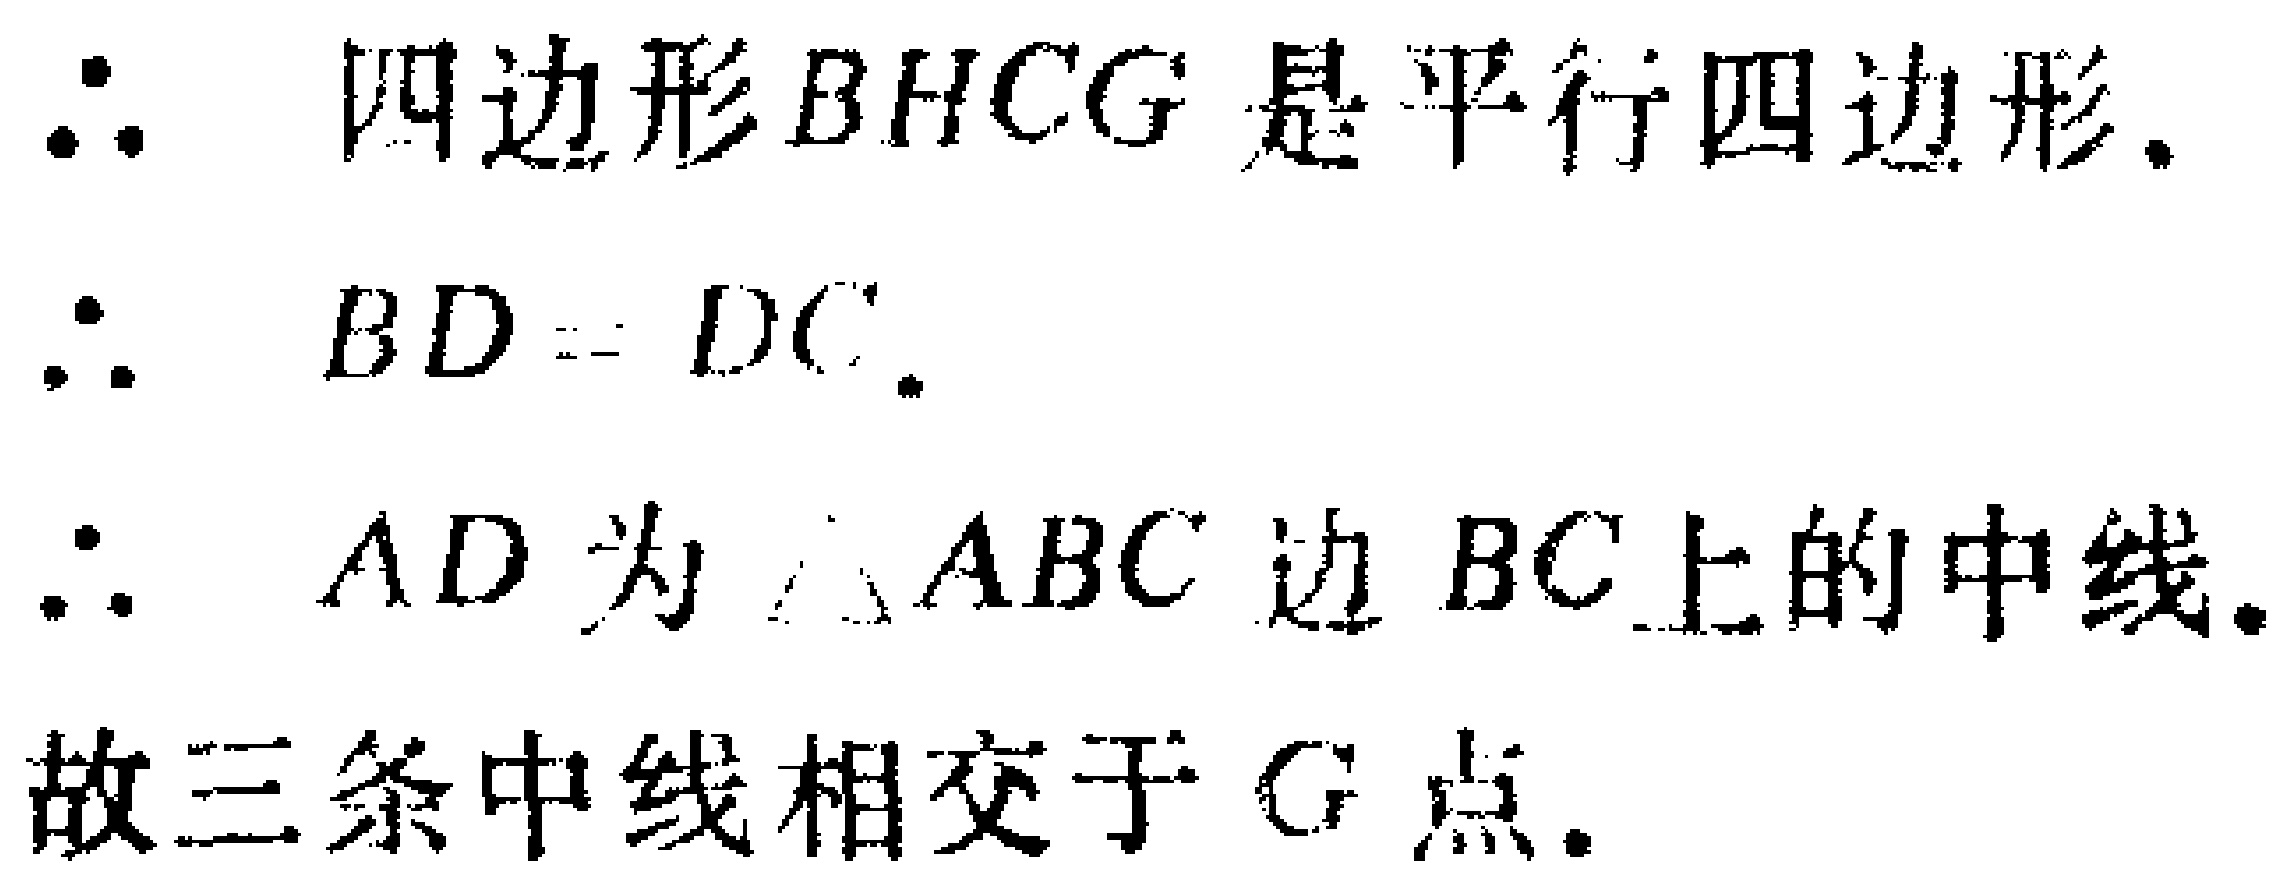
\begin{enumerate}

\item 四边形\(BHCG\)是平行四边形.

\item \(BD = DC\).

\item \(AD\)为\(\triangle ABC\)边\(BC\)上的中线.

\item 故三条中线相交于\(G\)点.

\end{enumerate}